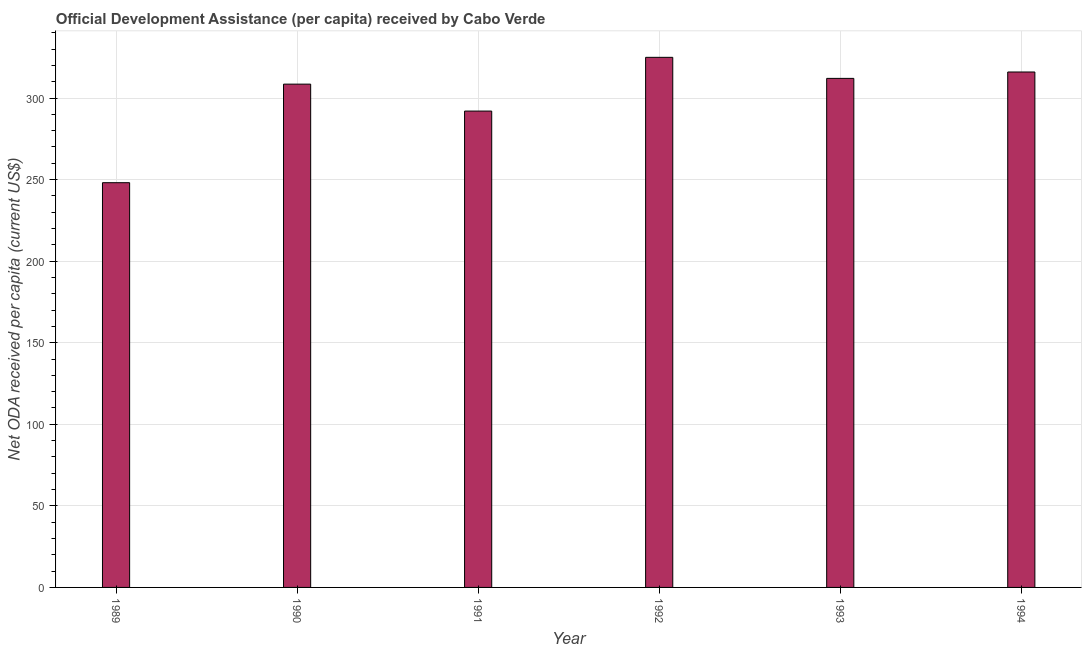
| Year | Net ODA received per capita |
 | --- | --- |
 | 1989 | 248 |
 | 1990 | 309 |
 | 1991 | 292 |
 | 1992 | 325 |
 | 1993 | 312 |
 | 1994 | 316 |